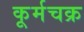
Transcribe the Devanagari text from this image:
कूर्मचक्र